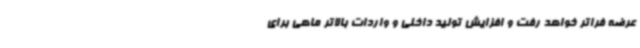
عرضه فراتر خواهد رفت و افزایش تولید داخلی و واردات بالاتر ماهی برای